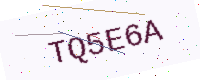
Text: TQ5E6A